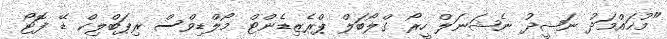
"މުޙައްމަދު ނަޝީދު ނެޝަނަލް ހީރޯ ގްލޯބަލް ޕްރެޒިޑެންޓް މޯލްޑިވްސް ރިޕަބްލިކް ޑޭ ފޮޓޯ